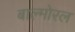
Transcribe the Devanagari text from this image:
बाल्मोरल